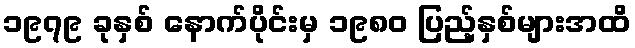
၁၉၇၉ ခုနှစ် နောက်ပိုင်းမှ ၁၉၈၀ ပြည့်နှစ်များအထိ